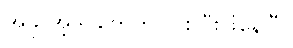
အခု အဲ့ဒါ တွေကိုပါ စပြီးဖြိုနေပြီ။